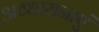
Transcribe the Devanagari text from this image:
अव्धारानाएं